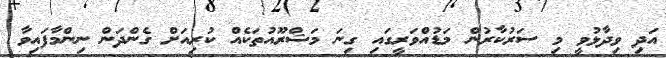
އަދި ވިދާޅުވީ މި ސަރުކާރުން މަޑުއްވަރީގައި ގިނަ މަޝްރޫއުތަކެއް ކުރިއަށް ގެންދަން ނިންމާފައިވާ